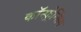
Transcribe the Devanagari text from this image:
कॉन्फ़्रेन्सिंग